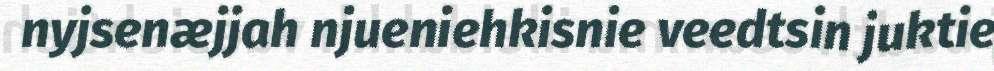
nyjsenæjjah njueniehkisnie veedtsin juktie